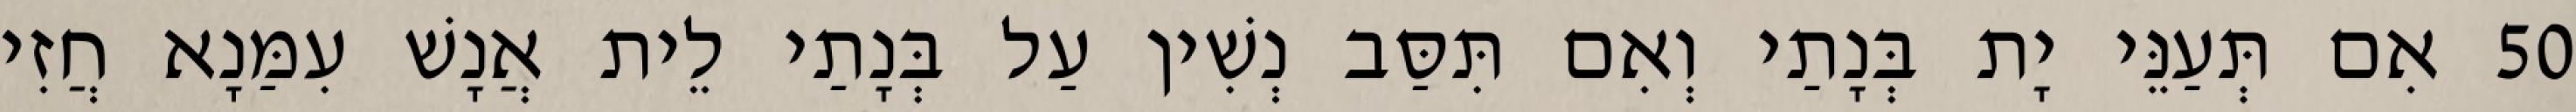
50 אִם תְּעַנֵּי יָת בְּנָתַי וְאִם תִּסַּב נְשִׁין עַל בְּנָתַי לֵית אֲנָשׁ עִמַּנָא חֲזִי